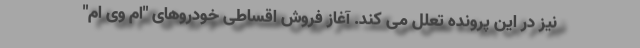
نیز در این پرونده تعلل می کند. آغاز فروش اقساطی خودروهای "ام وی ام"